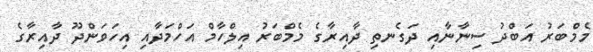
މެމްބަރު އަބްދު ސިނާނާއި ދަގެނތި ދާއިރާގެ މެމްބަރު އިލްހާމް އަހްމަދާއި އިހަވަންދޫ ދާއިރާގެ